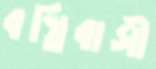
বস্তিবাসী